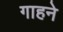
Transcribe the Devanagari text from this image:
गाहने